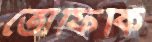
তৌফিকি